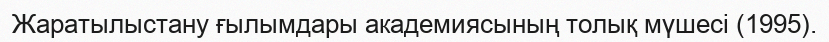
Жаратылыстану ғылымдары академиясының толық мүшесі (1995).